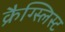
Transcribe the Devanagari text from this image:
क्रैग्स्लिस्ट